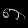
Digit: ၈